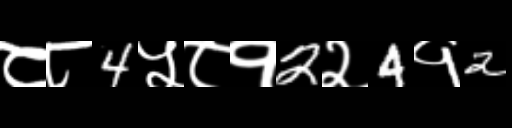
Text: ८८4५८१2२4१2